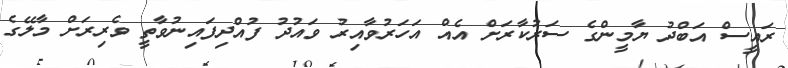
ރައީސްް އަބްދު ޔާމީންގެ ސަރުކާރަށް އެއް އަހަރުވާއިރު ވައުދު ފުއްދިފައިނުވާތީ ވެރިރަށް މާލޭގެ